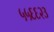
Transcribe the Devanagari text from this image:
५५६६२३